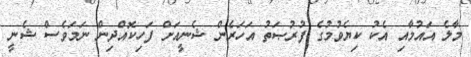
މާލެ އައުމާއި އެކު ކިޔެވުމުގެ ފުރުޞަތު އަހަރެން ޝެނީއަށް ފަހިކޮއްދިން ނަމަވެސް ޝެނީ